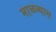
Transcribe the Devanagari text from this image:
माळव्यास